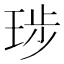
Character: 㻉